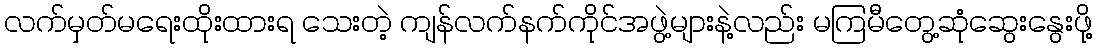
လက်မှတ်မရေးထိုးထားရ သေးတဲ့ ကျန်လက်နက်ကိုင်အဖွဲ့များနဲ့လည်း မကြမီတွေ့ဆုံဆွေးနွေးဖို့